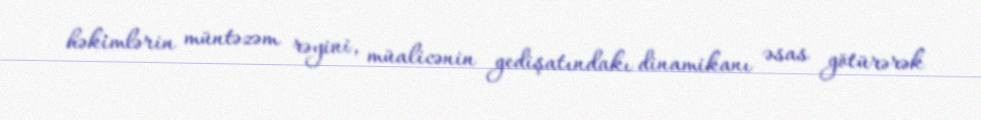
həkimlərin müntəzəm rəyini, müalicənin gedişatındakı dinamikanı əsas götürərək